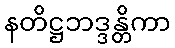
နတိဋ္ဌဘဒ္ဒန္တိကာ